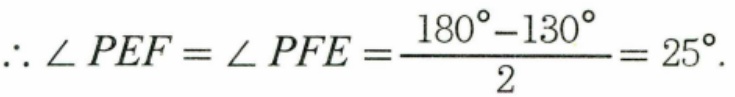
\(\therefore\angle PEF=\angle PFE=\frac{180^{\circ}-130^{\circ}}{2}=25^{\circ}\).